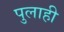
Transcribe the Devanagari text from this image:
पुलाही